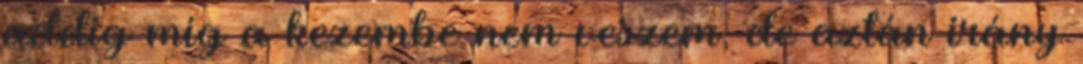
addig míg a kezembe nem veszem, de aztán irány